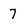
Character: 7